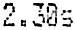
2.30S